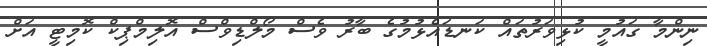
ނިންމާ ގައުމީ ކުޅިވަރުތައް ކަނޑައެޅުމުގެ ބާރު ވެސް މޯލްޑިވްސް އޮލިމްޕިކް ކޮމިޓީ އަށް